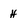
Character: H